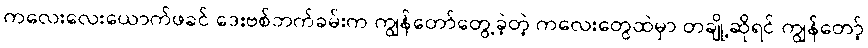
ကလေးလေးယောက်ဖခင် ဒေးဗစ်ဘက်ခမ်းက ကျွန်တော်တွေ့ခဲ့တဲ့ ကလေးတွေထဲမှာ တချို့ဆိုရင် ကျွန်တော့်